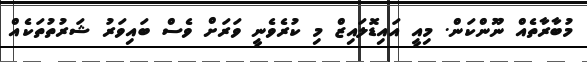
މުބާރާތެއް ނޫންކަން. މިއީ އައިޑޮލައިޒް މި ކުރެވެނީ ވަރަށް ވެސް ބައިވަރު ޝަރުތުތަކެއް